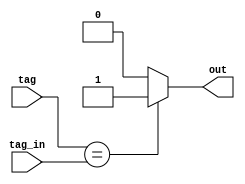

/*
  6 bits comparator
*/

module comparator(out, tag, tag_in);

  output  out;
  input   [5:0] tag;
  input   [5:0] tag_in;

 
  

assign out =  ( tag == tag_in )? 1 : 0;      


endmodule